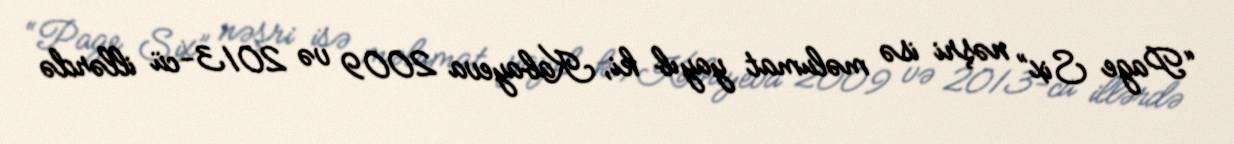
“Page Six” nəşri isə məlumat yayıb ki, Kabayeva 2009 və 2013-cü illərdə